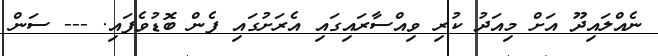
ނެއްލައިދޫ އަށް މިއަދު ކުރި ވިއްސާރައިގައި އެރަށުގައި ފެން ބޮޑުވެފައި. --- ސަން